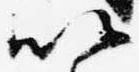
以